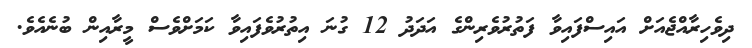
ދިވެހިރާއްޖެއަށް އައިސްފައިވާ ފަތުރުވެރިންގެ އަދަދު 12 ގުނަ އިތުރުވެފައިވާ ކަމަށްވެސް މީރާއިން ބުނެއެވެ.